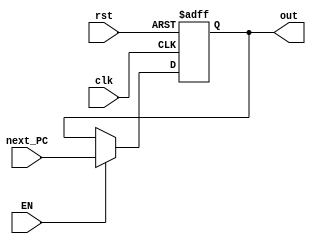
`timescale 1ns / 1ps
//////////////////////////////////////////////////////////////////////////////////
// Company: 
// Engineer: 
// 
// Design Name: 
// Module Name:    PC 
// Project Name: 
// Target Devices: 
// Tool versions: 
// Description: 
//
// Dependencies: 
//
// Revision: 
// Revision 0.01 - File Created
// Additional Comments: 
//
//////////////////////////////////////////////////////////////////////////////////
module PC(
	next_PC,clk,rst,out,EN
   );
	input[31:2]next_PC;
	input clk,rst,EN;
	output[31:2]out;
	
	reg[31:2]PC;
	
	initial PC <= 30'hc00;
	
	always @(posedge clk or posedge rst)begin
		if(rst)begin
			PC <= 30'hc00;
		end
		else if(EN)begin
			PC <= next_PC;
		end
	end
		
	assign out = PC;
endmodule